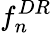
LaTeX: f_{n}^{DR}